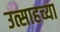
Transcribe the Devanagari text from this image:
उत्साहच्या